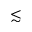
\lesssim